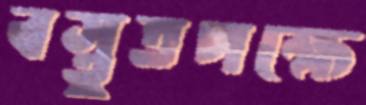
বস্তুতপক্ষে